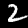
Label: 2